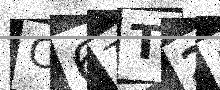
Text: C6TT2E